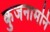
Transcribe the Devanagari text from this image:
कुजनामनि